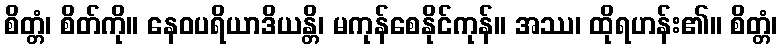
စိတ္တံ၊ စိတ်ကို။ နေဝပရိယာဒိယန္တိ၊ မကုန်စေနိုင်ကုန်။ အဿ၊ ထိုရဟန်း၏။ စိတ္တံ၊